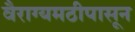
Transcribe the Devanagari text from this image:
वैराग्यमठीपासून